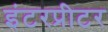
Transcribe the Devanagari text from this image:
इंटरप्रीटर